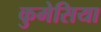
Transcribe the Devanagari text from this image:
कुमेसिया